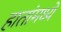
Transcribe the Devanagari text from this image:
हातांमध्ये